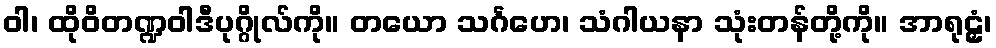
ဝါ၊ ထိုဝိတဏ္ဍဝါဒီပုဂ္ဂိုလ်ကို။ တယော သင်္ဂဟေ၊ သံဂါယနာ သုံးတန်တို့ကို။ အာရုဠှံ၊